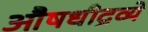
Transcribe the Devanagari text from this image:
औषधीद्रव्ये